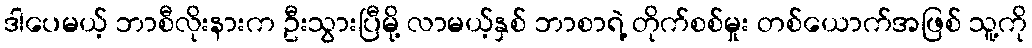
ဒါပေမယ့် ဘာစီလိုးနားက ဦးသွားပြီမို့ လာမယ့်နှစ် ဘာစာရဲ့ တိုက်စစ်မှုး တစ်ယောက်အဖြစ် သူ့ကို